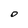
Character: O